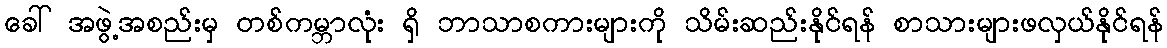
ခေါ် အဖွဲ့အစည်းမှ တစ်ကမ္ဘာလုံး ရှိ ဘာသာစကားများကို သိမ်းဆည်းနိုင်ရန် စာသားများဖလှယ်နိုင်ရန်